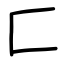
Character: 匚